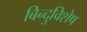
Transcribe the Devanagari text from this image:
बिन्दुविशेष